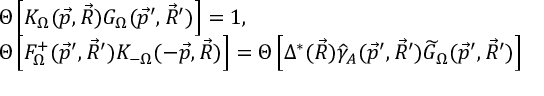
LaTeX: \begin{array} { l } { { \Theta \left[ K _ { \Omega } ( \vec { p } , \vec { R } ) G _ { \Omega } ( \vec { p } ^ { \prime } , \vec { R } ^ { \prime } ) \right] = 1 , } } \\ { { \Theta \left[ F _ { \Omega } ^ { + } ( \vec { p } ^ { \prime } , \vec { R } ^ { \prime } ) K _ { - \Omega } ( - \vec { p } , \vec { R } ) \right] = \Theta \left[ \Delta ^ { * } ( \vec { R } ) \widehat { \gamma } _ { A } ( \vec { p } ^ { \prime } , \vec { R } ^ { \prime } ) \widetilde { G } _ { \Omega } ( \vec { p } ^ { \prime } , \vec { R } ^ { \prime } ) \right] } } \end{array}